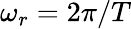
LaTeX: \omega_{r}=2\pi/T